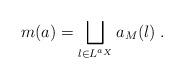
LaTeX: \begin{align*}m(a)=\bigsqcup_{l\in L^{a_X}} a_M(l)\;.\end{align*}